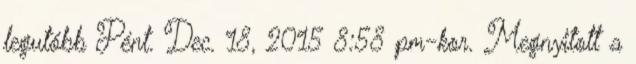
legutóbb Pént. Dec. 18, 2015 8:58 pm-kor. Megnyitott a